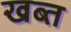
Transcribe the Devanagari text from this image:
खब्त